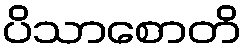
ပိသာစောတိ